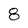
Character: 8